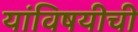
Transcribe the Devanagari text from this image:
यांविषयीची